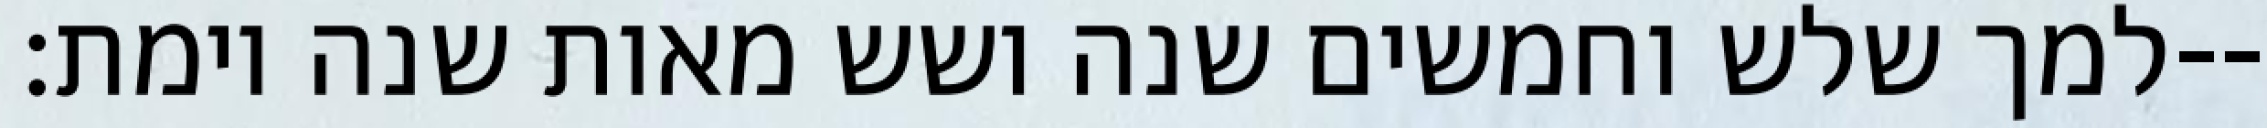
למך שלש וחמשים שנה ושש מאות שנה וימת׃--